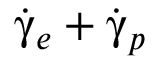
\dot { \boldsymbol { \upgamma } } _ { e } + \dot { \boldsymbol { \upgamma } } _ { p }